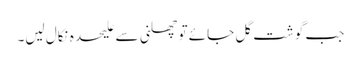
جب گوشت گل جائے تو چھلنی سے علیحدہ نِکال لیں۔